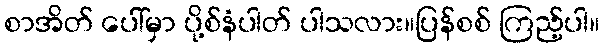
စာအိတ် ပေါ်မှာ ပို့စ်နံပါတ် ပါသလား။ပြန်စစ် ကြည့်ပါ။